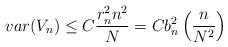
LaTeX: \begin{align*}var(V_n) \leq C \frac{r_n^2 n^2}{N} = C b_n^2 \left(\frac{n}{N^2}\right)\end{align*}